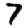
Digit: 7